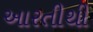
આરતીથી